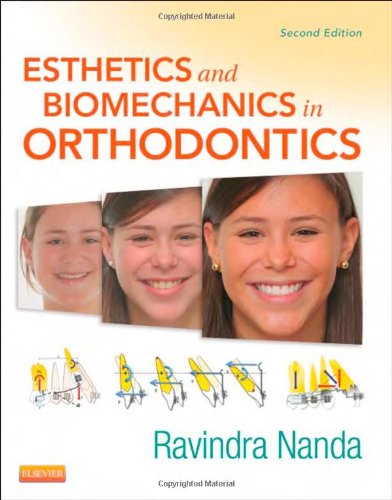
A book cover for Esthetics and Biomechanics in Orthodontics, 2e; Ravindra Nanda BDS  MDS  PhD; Medical Books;